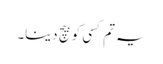
یہ تم کسی کو بیچ دینا۔